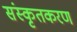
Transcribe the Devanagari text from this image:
संस्कृतकरण